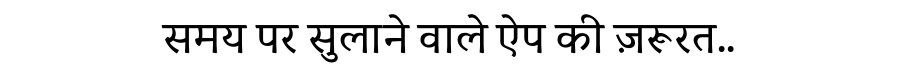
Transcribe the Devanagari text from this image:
समय पर सुलाने वाले ऐप की ज़रूरत..